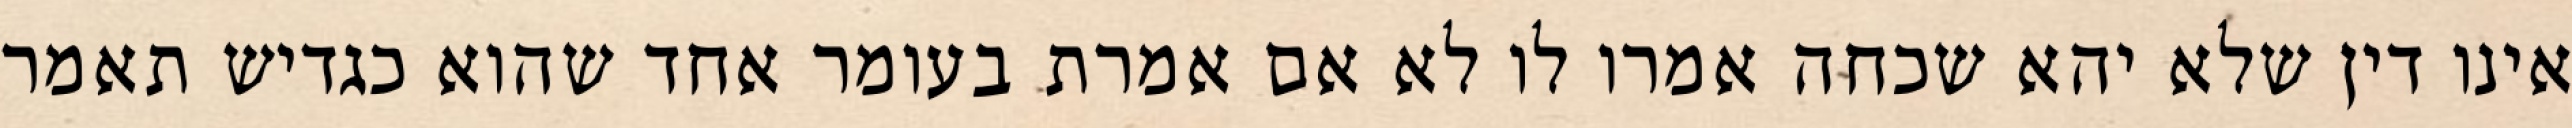
אינו דין שלא יהא שכחה אמרו לו לא אם אמרת בעומר אחד שהוא כגדיש תאמר